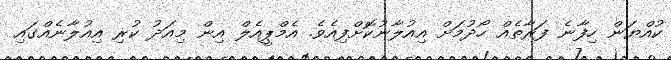
ކުއްޔަން ހިފާނެ ފަރާތެއް ހޯދުމަށް އިއުލާނުކޮށްފިއެވެ. އެމްޕީއެލް އިން މިއަދު ކުރި އިއުލާނެއްގައި